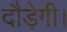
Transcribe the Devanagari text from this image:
दौड़ेगी।